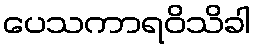
ပေသကာရဝိသိခါ